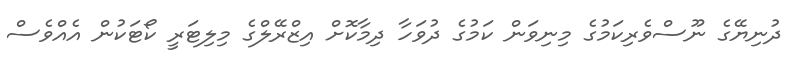
ދުނިޔޭގެ ނޫސްވެރިކަމުގެ މިނިވަން ކަމުގެ ދުވަހާ ދިމާކޮށް އިޒްރޭލްގެ މިލިޓަރީ ކޯޓަކުން އެއްވެސް